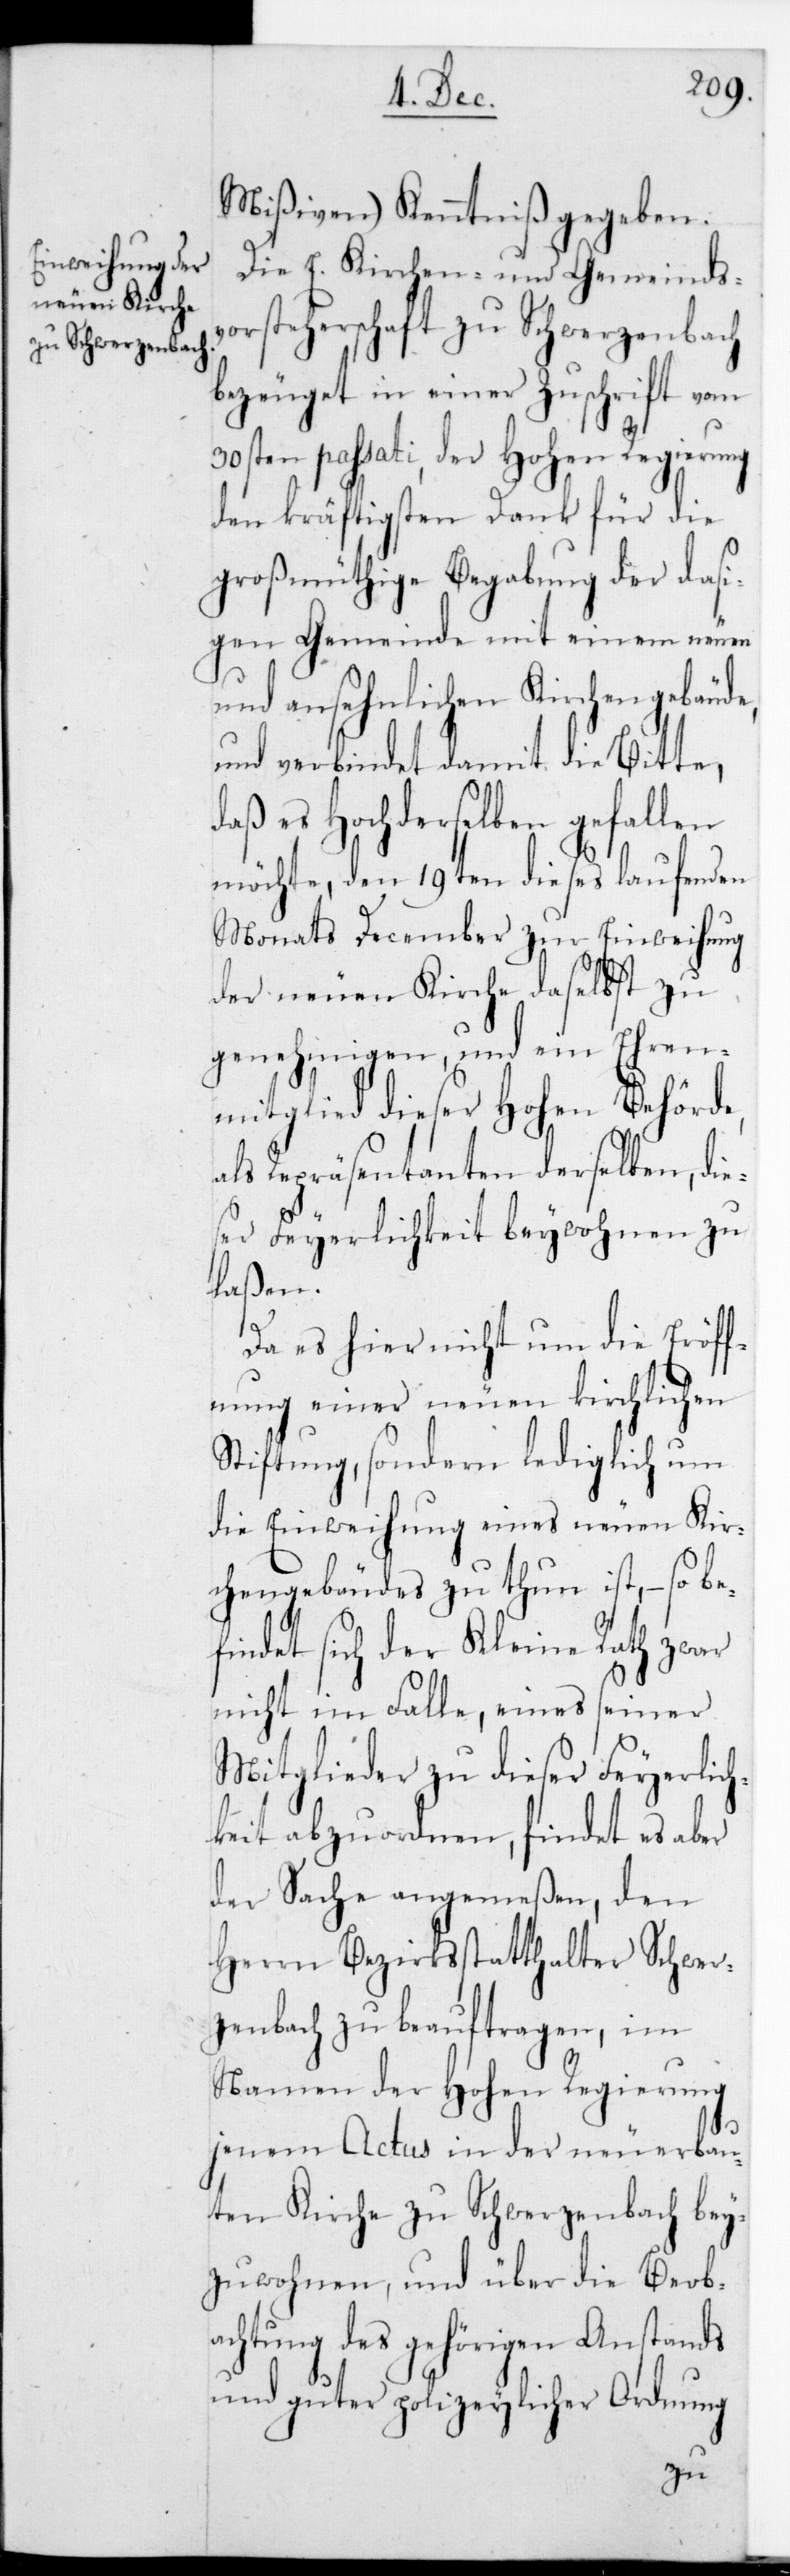
Mißiven) Kenntniß gegeben.
Die E. Kirchen- und Gemeindsv¬
orsteherschaft zu Schwerzenbach
bezeuget in einer Zuschrift vom
30sten passati, der Hohen Regierung
den kräftigsten Dank für die
großmütige Begabung der dasi¬
gen Gemeinde mit einem neuen
und ansehnlichen Kirchengebäude,
und verbindet damit die Bitte,
daß es Hochderselben gefallen
möchte, den 19ten dießes laufenden
Monats December zur Einweihung
der neuen Kirche daselbst zu
genehmigen, und ein Ehren¬
mitglied dieser Hohen Behörde,
als Repräsentanten derselben, di¬
eser Feyerlichkeit beywohnen zu
laßen.
Da es hier nicht um die Eröff¬
nung einer neuen kirchlichen
Stiftung, sondern lediglich um
die Einweihung eines neuen Kir¬
chengebäudes zu thun ist, – so be¬
findet sich der Kleine Rath zwar
nicht im Falle, eines seiner
Mitglieder zu dieser Feierlich¬
keit abzuordnen, findet es aber
der Sache angemeßen, den
Herrn Bezirksstatthalter Schwer¬
zenbach zu beauftragen, im
Namen der Hohen Regierung
jenem Actus in der neu erbau¬
ten Kirche zu Schwerzenbach bey¬
zuwohnen, und über die Beob¬
achtung des gehörigen Anstands
und guter polizeylicher Ordnung